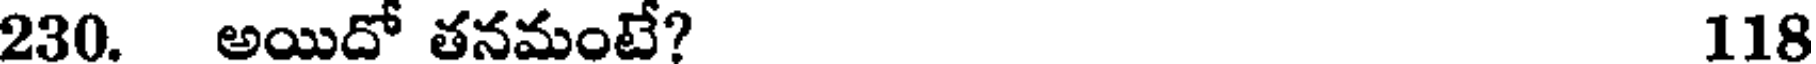
230. అయిదో తనమంటే? 118